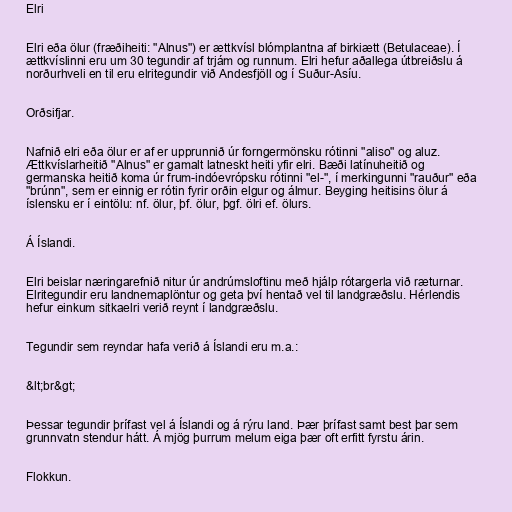
Elri

Elri eða ölur (fræðiheiti: "Alnus") er ættkvísl blómplantna af birkiætt (Betulaceae). Í
ættkvíslinni eru um 30 tegundir af trjám og runnum. Elri hefur aðallega útbreiðslu á
norðurhveli en til eru elritegundir við Andesfjöll og í Suður-Asíu.

Orðsifjar.

Nafnið elri eða ölur er af er upprunnið úr forngermönsku rótinni "aliso" og aluz.
Ættkvíslarheitið "Alnus" er gamalt latneskt heiti yfir elri. Bæði latínuheitið og
germanska heitið koma úr frum-indóevrópsku rótinni "el-", í merkingunni "rauður" eða
"brúnn", sem er einnig er rótin fyrir orðin elgur og álmur. Beyging heitisins ölur á
íslensku er í eintölu: nf. ölur, þf. ölur, þgf. ölri ef. ölurs.

Á Íslandi.

Elri beislar næringarefnið nitur úr andrúmsloftinu með hjálp rótargerla við ræturnar.
Elritegundir eru landnemaplöntur og geta því hentað vel til landgræðslu. Hérlendis
hefur einkum sitkaelri verið reynt í landgræðslu.

Tegundir sem reyndar hafa verið á Íslandi eru m.a.:

&lt;br&gt;

Þessar tegundir þrífast vel á Íslandi og á rýru land. Þær þrífast samt best þar sem
grunnvatn stendur hátt. Á mjög þurrum melum eiga þær oft erfitt fyrstu árin.

Flokkun.